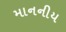
માનનીય